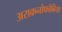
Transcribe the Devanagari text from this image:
अराकनोफोबिया